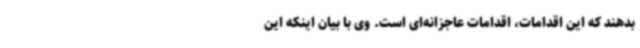
بدهند که این اقدامات، اقدامات عاجزانه‌ای است. وی با بیان اینکه این